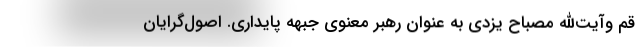
قم وآیت‌الله مصباح یزدی به عنوان رهبر معنوی جبهه پایداری. اصول‌گرایان